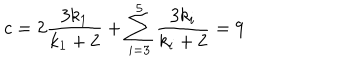
c = 2 \frac { 3 k _ { 1 } } { k _ { 1 } + 2 } + \sum _ { i = 3 } ^ { 5 } \frac { 3 k _ { i } } { k _ { i } + 2 } = 9